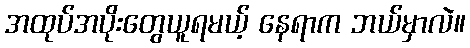
အထုပ်အပိုးတွေယူရမယ့် နေရာက ဘယ်မှာလဲ။